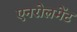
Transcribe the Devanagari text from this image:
एनरोलमेंट